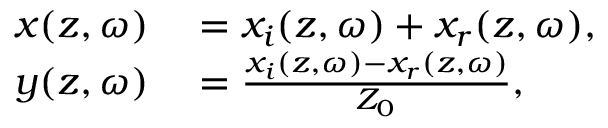
\begin{array} { r l } { x ( z , \omega ) } & { { } = x _ { i } ( z , \omega ) + x _ { r } ( z , \omega ) , } \\ { y ( z , \omega ) } & { { } = \frac { x _ { i } ( z , \omega ) - x _ { r } ( z , \omega ) } { Z _ { 0 } } , } \end{array}